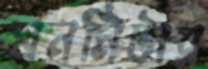
ঘনমিটার